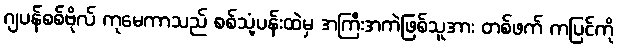
ဂျပန်စစ်ဗိုလ် ကုမေကာသည် စစ်သုံ့ပန်းထဲမှ အကြီးအကဲဖြစ်သူအား တစ်ဖက် ကပြင်ကို